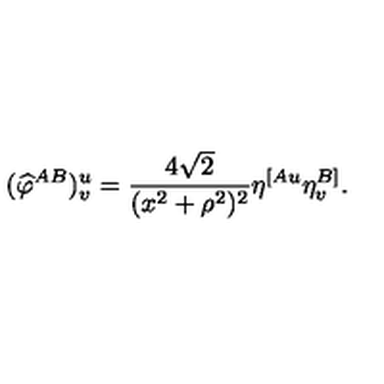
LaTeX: ( { \widehat \varphi } ^ { A B } ) _ { v } ^ { u } = { \frac { 4 \sqrt { 2 } } { ( x ^ { 2 } + \rho ^ { 2 } ) ^ { 2 } } } \eta ^ { [ A u } \eta _ { v } ^ { B ] } .